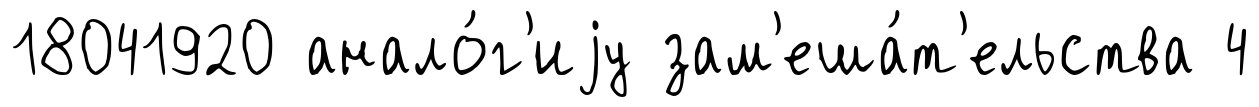
18041920 анало́г'иjу зам'еша́т'ельства 4